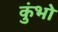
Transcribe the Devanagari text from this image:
कुंभो